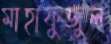
মাহাফুজুল